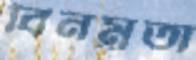
বিনম্রতা